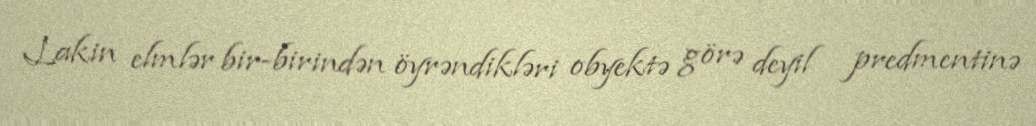
Lakin elmlər bir-birindən öyrəndikləri obyektə görə deyil predmentinə